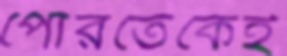
পোরতেকেই